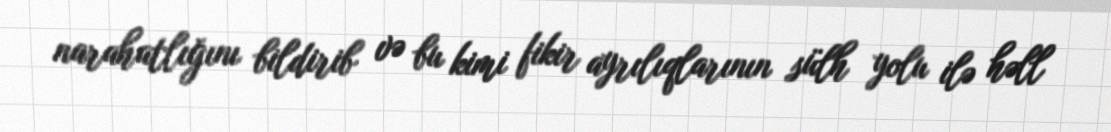
narahatlığını bildirib və bu kimi fikir ayrılıqlarının sülh yolu ilə həll